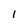
Character: 1